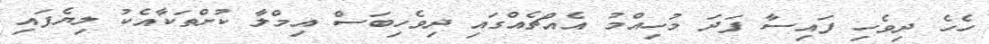
ހެހެ ދިވެހި ފައިސާ ފަދަ މުހިއްމު އެއްޗެއްގައި ދިވެހިބަސް އިމްލާ ކުށްތަކާއެކު ލިޔެފައި